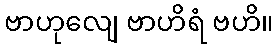
ဗာဟုလျေ ဗာဟိရံ ဗဟိ။